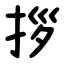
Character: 拶